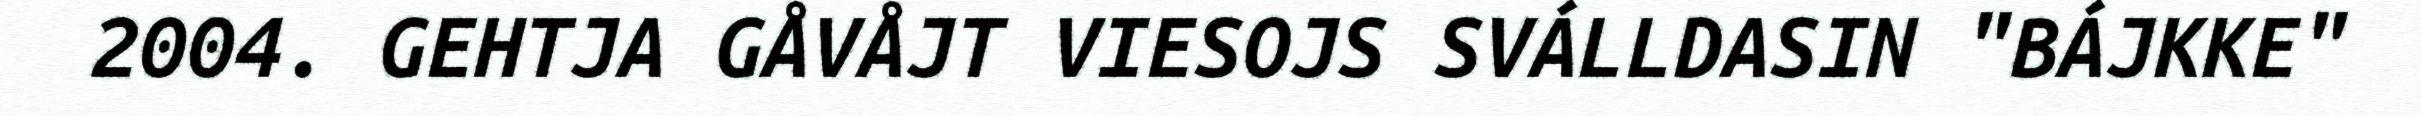
2004. GEHTJA GÅVÅJT VIESOJS SVÁLLDASIN "BÁJKKE"